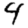
Digit: 4